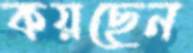
কয়ছেন